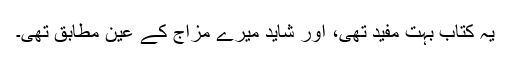
یہ کتاب بہت مفید تھی، اور شاید میرے مزاج کے عین مطابق تھی۔